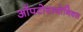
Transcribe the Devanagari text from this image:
ऑपटोवायोनिक्स